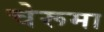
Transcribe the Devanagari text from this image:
चेरूमा